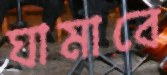
ঘামাবে